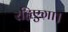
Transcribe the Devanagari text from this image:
रहिएगा।